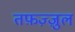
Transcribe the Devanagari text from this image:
तफ़ज़्ज़ुल